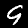
Label: 9